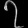
Digit: ၇